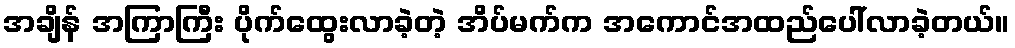
အချိန် အကြာကြီး ပိုက်ထွေးလာခဲ့တဲ့ အိပ်မက်က အကောင်အထည်ပေါ်လာခဲ့တယ်။